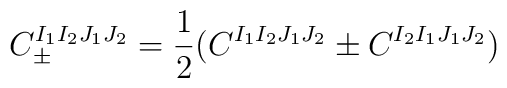
C_{\pm}^{I_1 I_2 J_1 J_2} = \frac{1}{2} (C^{I_1 I_2 J_1 J_2} \pm C^{I_2 I_1 J_1 J_2})